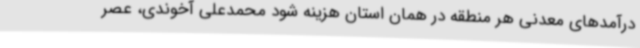
درآمدهای معدنی هر منطقه در همان استان هزینه شود محمدعلی آخوندی، عصر